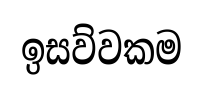
ඉසව්වකම